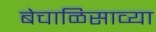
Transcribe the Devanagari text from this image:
बेचाळिसाव्या